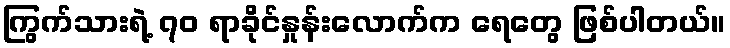
ကြွက်သားရဲ့ ၇၀ ရာခိုင်နှုန်းလောက်က ရေတွေ ဖြစ်ပါတယ်။